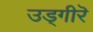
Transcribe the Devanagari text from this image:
उड्गीरॆ